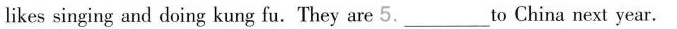
likes singing and doing kung fu.They are 5.___to China next year.